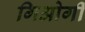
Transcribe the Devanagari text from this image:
गिओर्गी